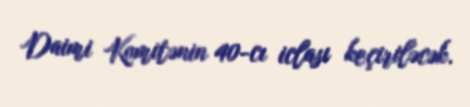
Daimi Komitənin 40-cı iclası keçiriləcək.